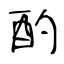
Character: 酌